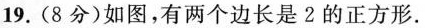
19.(8分)如图，有两个边长是2的正方形.